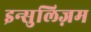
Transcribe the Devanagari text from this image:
इन्सुलिज़म